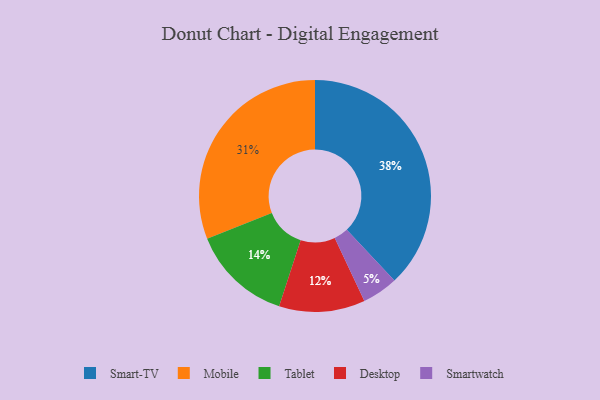
{"axis": {"x": "Category", "y": "Percentage"}, "legend": ["Desktop", "Mobile", "Smart-TV", "Smartwatch", "Tablet"], "data": [{"x": "Smart-TV", "y": 38, "type": "Smart-TV"}, {"x": "Mobile", "y": 31, "type": "Mobile"}, {"x": "Tablet", "y": 14, "type": "Tablet"}, {"x": "Desktop", "y": 12, "type": "Desktop"}, {"x": "Smartwatch", "y": 5, "type": "Smartwatch"}]}